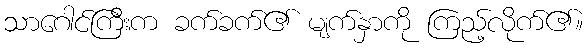
သာဂေါင်ကြီးက ခက်ခက်၏ မျက်နှာကို ကြည့်လိုက်၏။